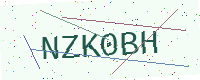
Text: NZK0BH